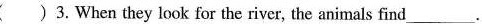
()3. When they look for the river,the animals find ___.